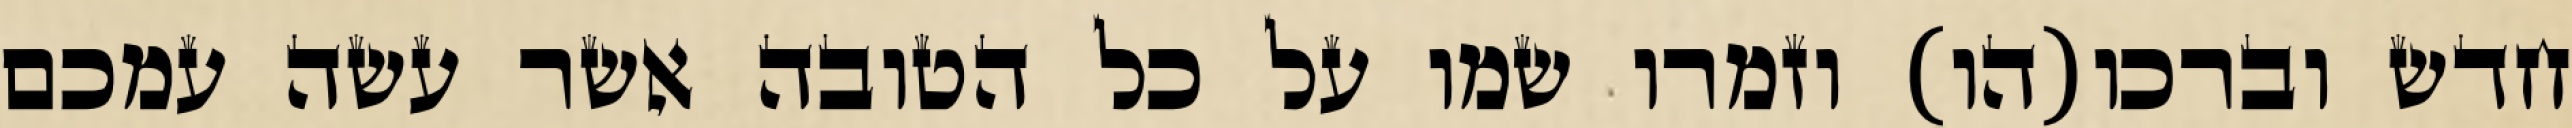
חדש וברכו(הו) וזמרו שמו על כל הטובה אשר עשה עמכם